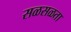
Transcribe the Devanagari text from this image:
सळसळता